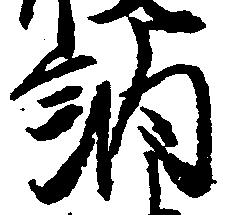
納